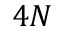
4 N